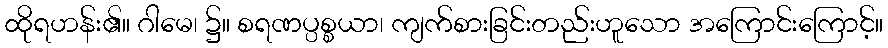
ထိုရဟန်း၏။ ဂါမေ၊ ၌။ စရဏပ္ပစ္စယာ၊ ကျက်စားခြင်းတည်းဟူသော အကြောင်းကြောင့်။